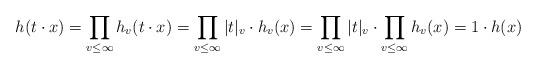
LaTeX: \begin{align*}h(t\cdot x) = \prod_{v\leq \infty}h_v(t\cdot x)=\prod_{v\leq \infty}|t|_v\cdot h_v(x)=\prod_{v\leq \infty}|t|_v \cdot \prod_{v\leq \infty} h_v(x)=1\cdot h(x)\end{align*}